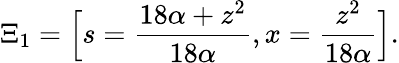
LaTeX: \Xi_{1}=\Big[s=\frac{18\alpha+z^{2}}{18\alpha},x=\frac{z^{2}}{18\alpha}\Big].